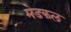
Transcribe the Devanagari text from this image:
मेडकल